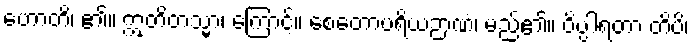
ဟောတိ၊ ၏။ ဣတိတသ္မာ၊ ကြောင့်။ စေတောပရိယဉာဏံ၊ မည်၏။ ဝိပ္ပါရတာ တိပိ၊